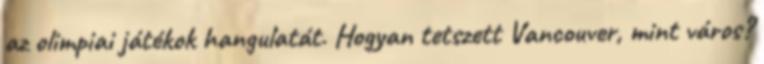
az olimpiai játékok hangulatát. Hogyan tetszett Vancouver, mint város?